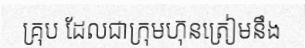
គ្រុប ដែលជាក្រុមហ៊ុនត្រៀមនឹង